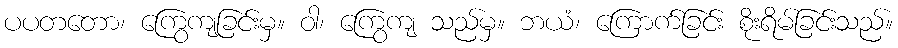
ပပတတော၊ ကြွေကျခြင်းမှ။ ဝါ၊ ကြွေကျ သည်မှ။ ဘယံ၊ ကြောက်ခြင်း စိုးရိမ်ခြင်းသည်။